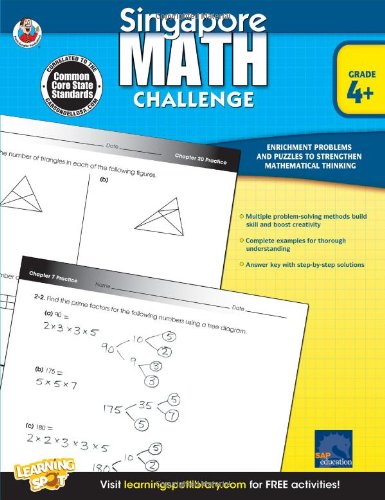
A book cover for Singapore Math Challenge, Grades 4 - 6; Children's Books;